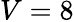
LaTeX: V=8